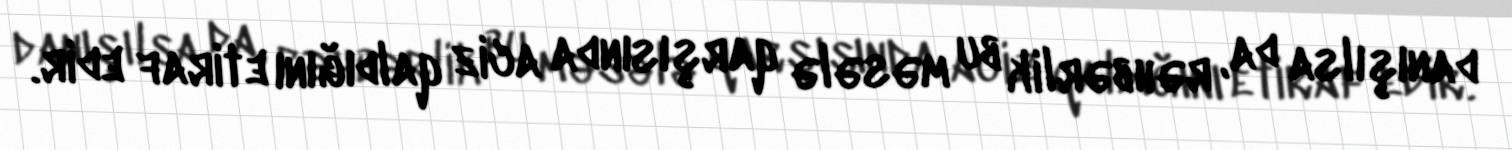
danışılsa da, rəhbərlik bu məsələ qarşısında aciz qaldığını etiraf edir.